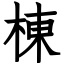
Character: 棟